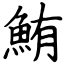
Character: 鮪